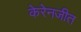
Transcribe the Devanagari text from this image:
केरेनजीत